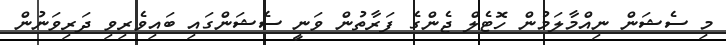
މި ސެޝަން ނިއްމާލަމުން ހޮޓެލް ޖެންގެ ފަރާތުން ވަނީ ސެޝަންގައި ބައިވެރިވި ދަރިވަނުން